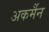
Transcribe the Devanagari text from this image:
अकर्मैन